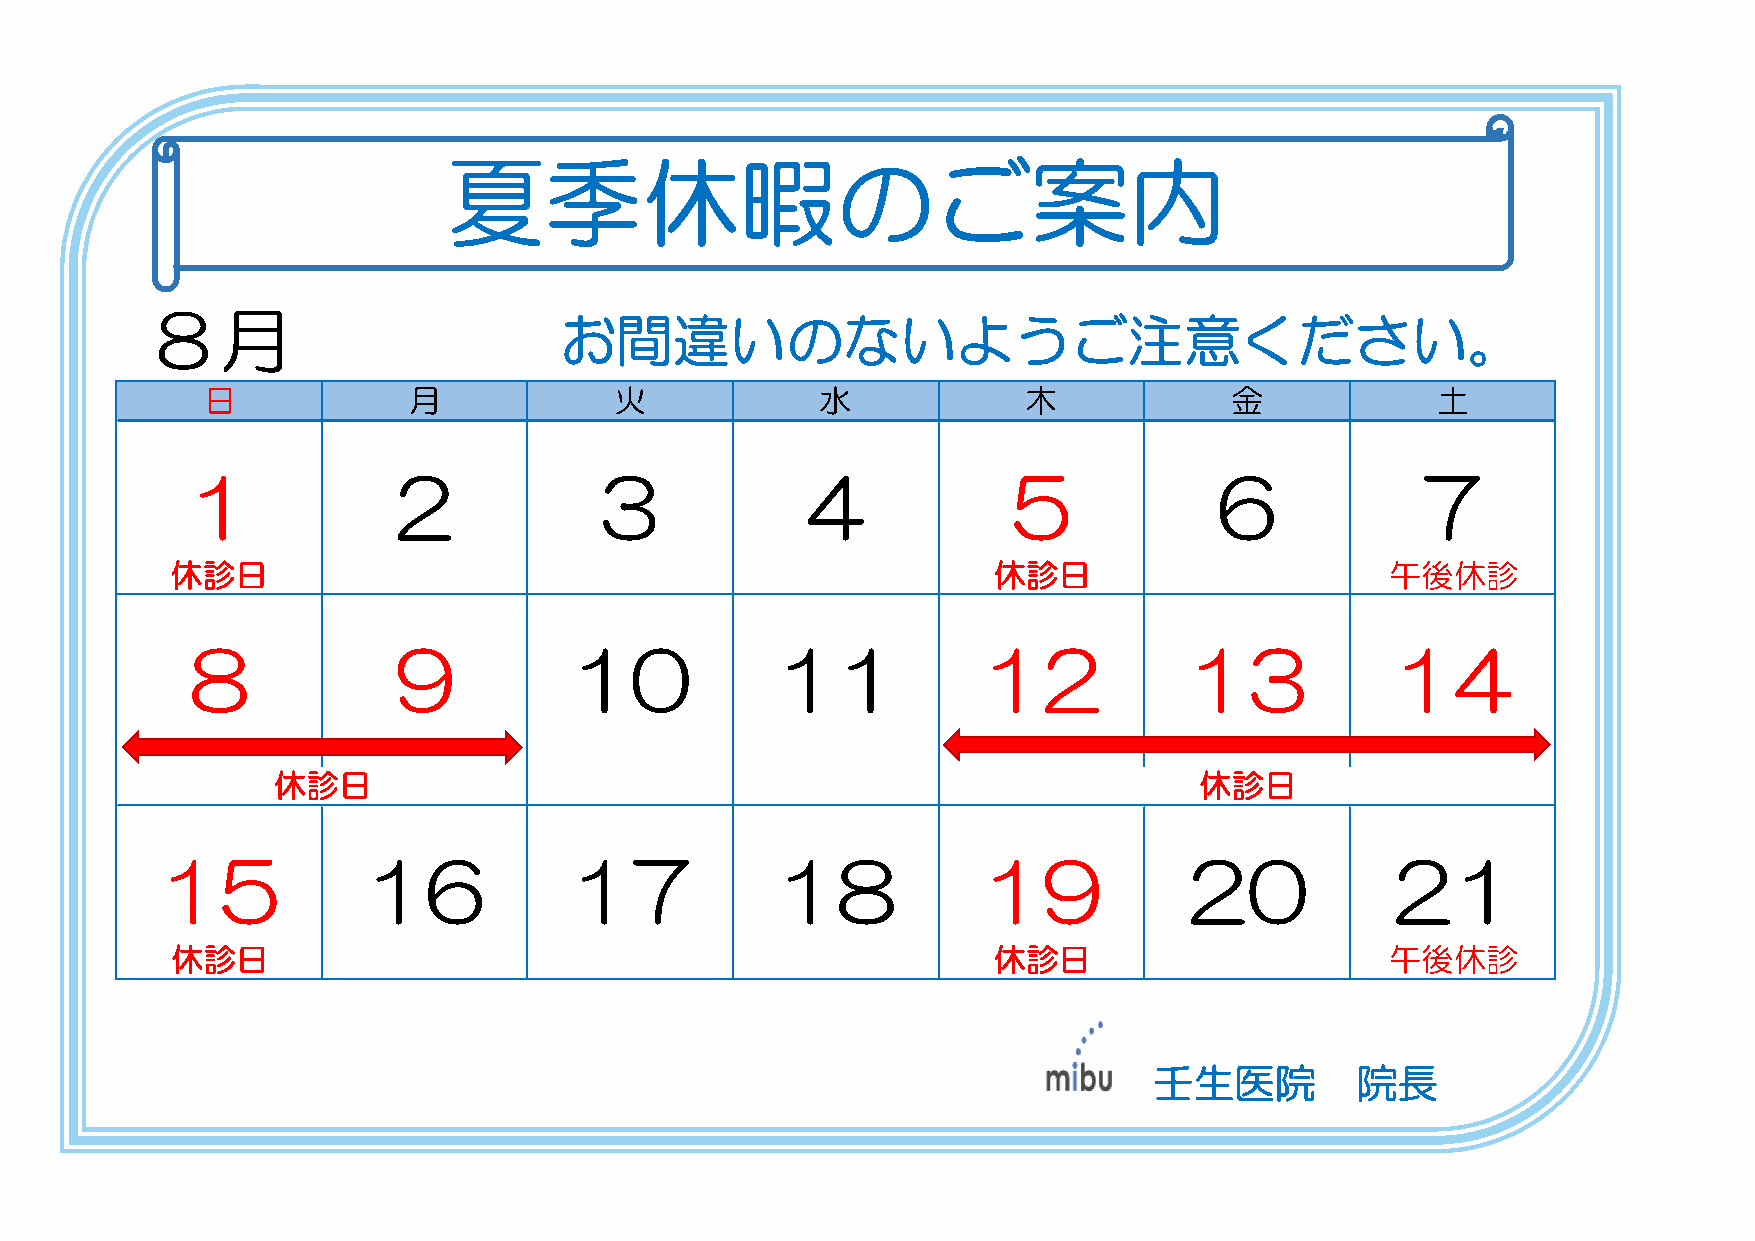
夏季休暇のご案内
 ８月
 お間違いのないようご注意ください。
 日             月             火            水             木             金            土
 1            2             3            4             5             6            7
 休診日                                                    休診日                       午後休診
 8            9           10           11            12            13           14
 休診日                                                          休診日
 15           16            17           18            19            20           21
 休診日                                                    休診日                       午後休診
 壬生医院          院長